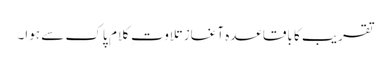
تقریب کا باقاعدہ آغاز تلاوت ِ کلام ِ پاک سے ہوا۔